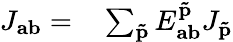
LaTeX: \begin{array}{rl}{J_{\mathbf{ab}}=}&{{}\sum_{\mathbf{\tilde{p}}}E_{\mathbf{ab}}^{\mathbf{\tilde{p}}}J_{\mathbf{\tilde{p}}}}\end{array}